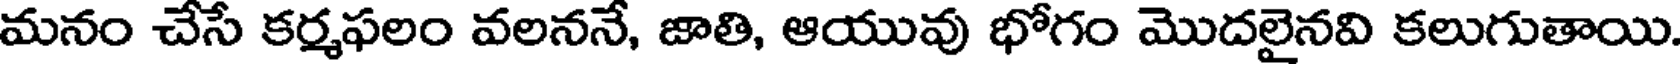
మనం చేసే కర్మఫలం వలననే, జాతి, ఆయువు భోగం మొదలైనవి కలుగుతాయి